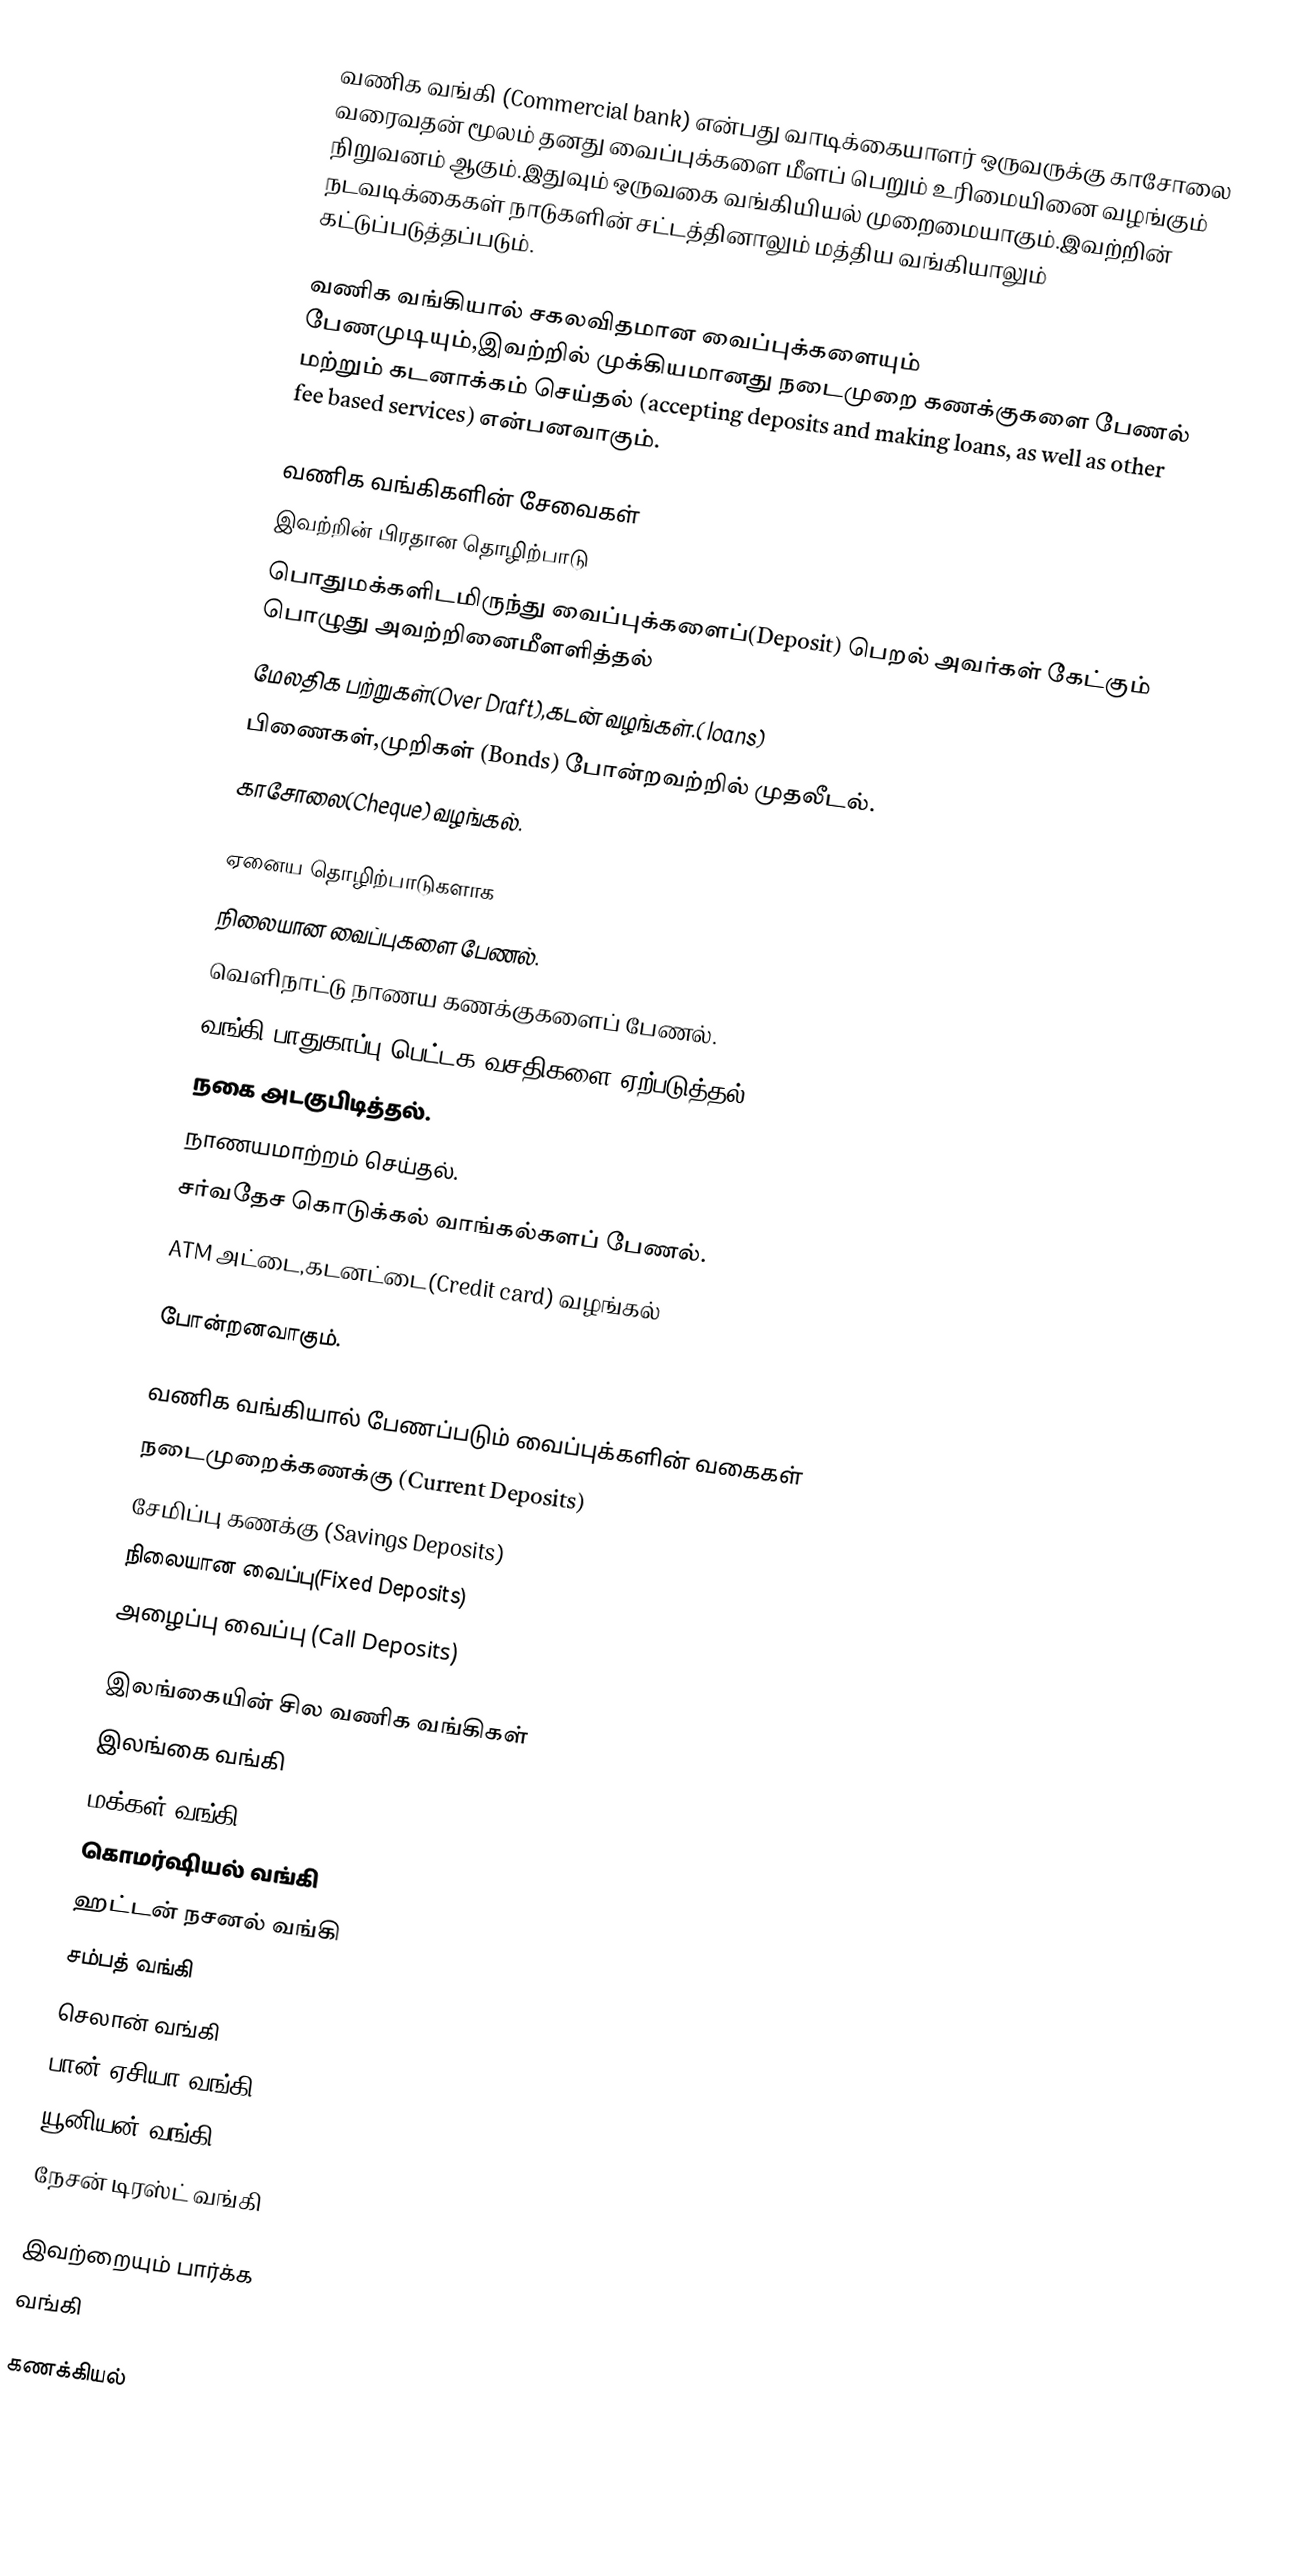
வணிக வங்கி (Commercial bank) என்பது வாடிக்கையாளர் ஒருவருக்கு காசோலை வரைவதன் மூலம் தனது வைப்புக்களை மீளப் பெறும் உரிமையினை வழங்கும் நிறுவனம் ஆகும்.இதுவும் ஒருவகை வங்கியியல் முறைமையாகும்.இவற்றின் நடவடிக்கைகள் நாடுகளின் சட்டத்தினாலும் மத்திய வங்கியாலும் கட்டுப்படுத்தப்படும்.

வணிக வங்கியால் சகலவிதமான வைப்புக்களையும் பேணமுடியும்,இவற்றில் முக்கியமானது நடைமுறை கணக்குகளை பேணல் மற்றும் கடனாக்கம் செய்தல் (accepting deposits and making loans, as well as other fee based services) என்பனவாகும்.

வணிக வங்கிகளின் சேவைகள்
இவற்றின் பிரதான தொழிற்பாடு
பொதுமக்களிடமிருந்து வைப்புக்களைப்(Deposit) பெறல் அவர்கள் கேட்கும் பொழுது அவற்றினைமீளளித்தல்
மேலதிக பற்றுகள்(Over Draft),கடன் வழங்கள்.( loans)
பிணைகள்,முறிகள் (Bonds) போன்றவற்றில் முதலீடல்.
காசோலை(Cheque) வழங்கல்.

ஏனைய தொழிற்பாடுகளாக
நிலையான வைப்புகளை பேணல்.
வெளிநாட்டு நாணய கணக்குகளைப் பேணல்.
வங்கி பாதுகாப்பு பெட்டக வசதிகளை ஏற்படுத்தல்.
நகை அடகுபிடித்தல்.
நாணயமாற்றம் செய்தல்.
சர்வதேச கொடுக்கல் வாங்கல்களப் பேணல்.
ATM அட்டை,கடனட்டை(Credit card) வழங்கல்

போன்றனவாகும்.

வணிக வங்கியால் பேணப்படும் வைப்புக்களின் வகைகள்
 நடைமுறைக்கணக்கு (Current Deposits)
 சேமிப்பு கணக்கு (Savings Deposits)
 நிலையான வைப்பு(Fixed Deposits)
 அழைப்பு வைப்பு (Call Deposits)

இலங்கையின் சில வணிக வங்கிகள்
 இலங்கை வங்கி
 மக்கள் வங்கி
 கொமர்ஷியல் வங்கி
 ஹட்டன் நசனல் வங்கி
 சம்பத் வங்கி
 செலான் வங்கி
 பான் ஏசியா வங்கி
 யூனியன் வங்கி
 நேசன் டிரஸ்ட் வங்கி

இவற்றையும் பார்க்க
 வங்கி

கணக்கியல்